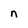
Character: n